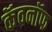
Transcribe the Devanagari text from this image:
कॅवनॉफ